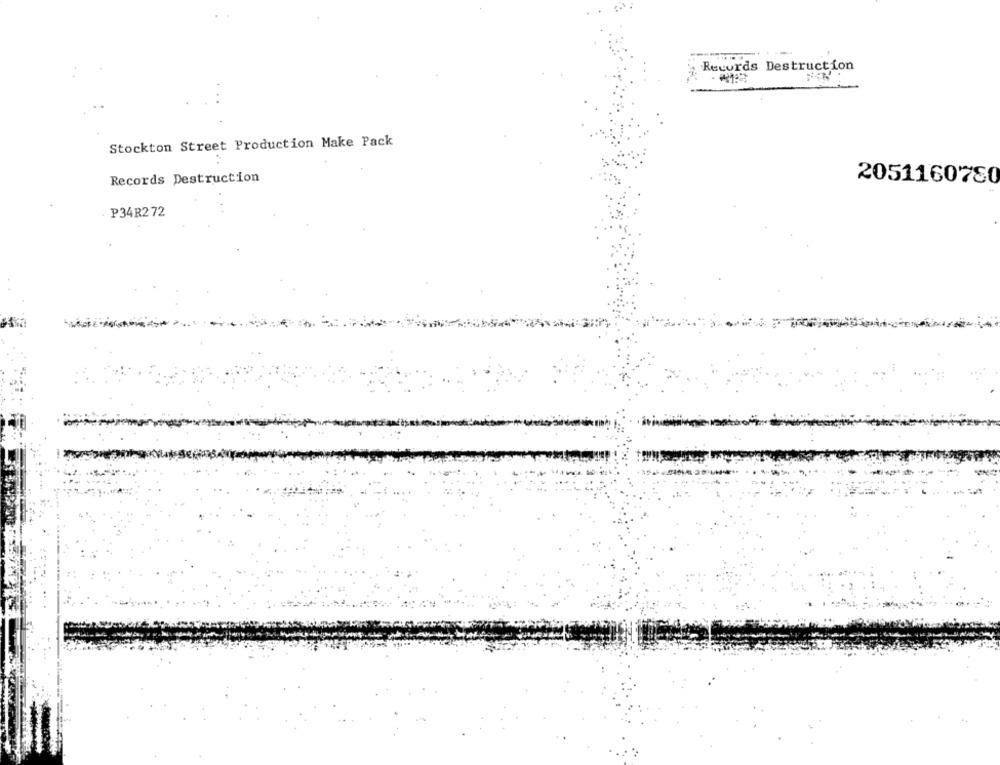
Records Destruction
Stockton Street Production Make Pack
Records Destruction
2051160780
P34R272